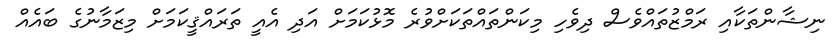
ނިޝާންތަކާއި ރަމްޒުތައްވެސް ދިވެހި މިކަންތައްތަކަށްވުރެ މޮޅުކަމަށް އަދި އެއީ ތަރައްޤީކަމަށް މިޒަމާނުގެ ބައެއް